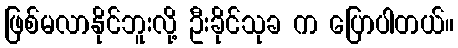
ဖြစ်မလာနိုင်ဘူးလို့ ဦးခိုင်သုခ က ပြောပါတယ်။